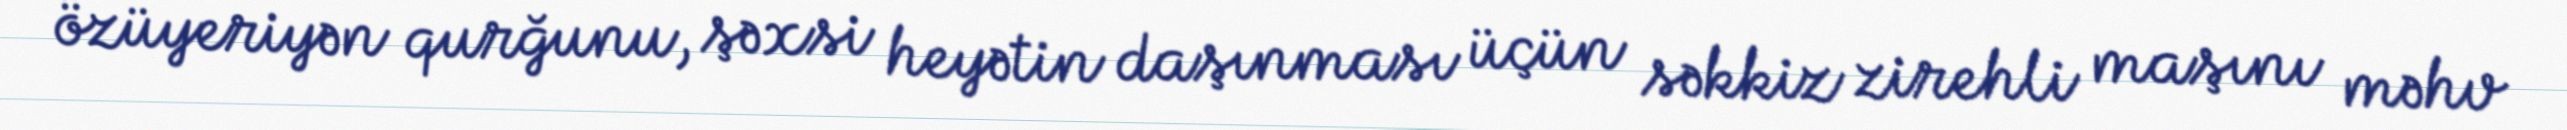
özüyeriyən qurğunu, şəxsi heyətin daşınması üçün səkkiz zirehli maşını məhv